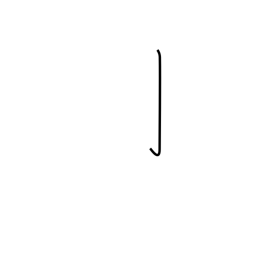
Meaning: barb radical (no. 6)